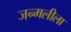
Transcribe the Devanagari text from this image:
जन्मलीला